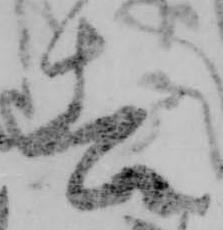
去